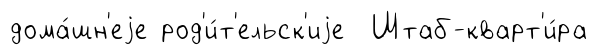
дома́шн'еjе род'и́т'ельск'иjе Штаб-кварт'и́ра